Leaving Certificate Examination (including Day School Certificate (Higher) General paper), 1934
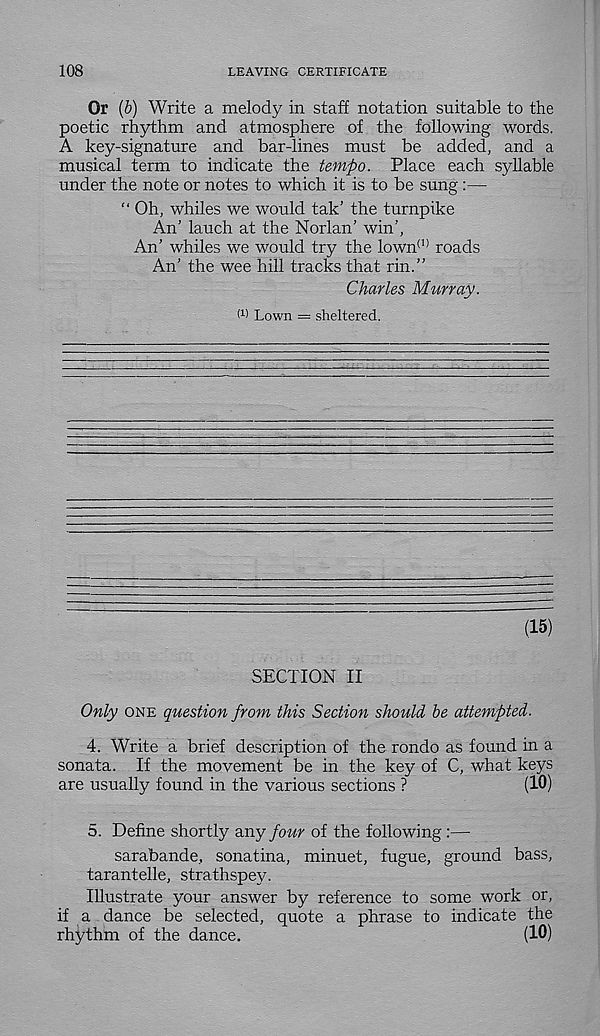
108
LEAVING CERTIFICATE
Or {b) Write a melody in staff notation suitable to the
poetic rhythm and atmosphere of the following words.
A key-signature and bar-lines must be added, and a
musical term to indicate the tempo. Place each syllable
under the note or notes to which it is to be sung :—
“ Oh, whiles we would tak’ the turnpike
An' lauch at the Norlan’ win’,
An’ whiles we would try the lown (1) roads
An’ the wee hill tracks that rin.”
Charles Murray.
W Lown = sheltered.
(15)
SECTION II
Only one question from this Section should be attempted.
4. Write a brief description of the rondo as found in a
sonata. If the movement be in the key of C, what keys
are usually found in the various sections ?
(10)
5. Define shortly any four of the following :—
sarabande, sonatina, minuet, fugue, ground bass,
tarantelle, strathspey.
Illustrate your answer by reference to some work or,
if a dance be selected, quote a phrase to indicate the
rhythm of the dance.
(10)